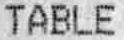
TABLE